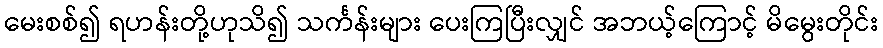
မေးစစ်၍ ရဟန်းတို့ဟုသိ၍ သင်္ကန်းများ ပေးကြပြီးလျှင် အဘယ့်ကြောင့် မိမွေးတိုင်း